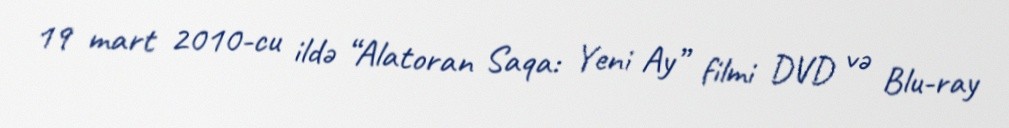
19 mart 2010-cu ildə “Alatoran Saqa: Yeni Ay” filmi DVD və Blu-ray